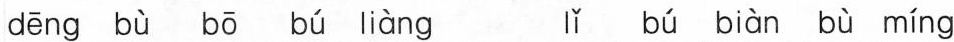
deng bù bō bú liàng lǐ bú biàn bù míng